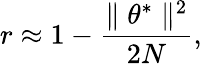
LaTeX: r\approx 1-\frac{\parallel\theta^{*}\parallel^{2}}{2N},